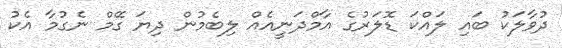
ދުވާލަކު ބައި ލައްކަ ޑޮލަރުގެ އާމްދަނީއެއް ލިބެމުން ދިޔަ ގޭމް ނެގުމާ އެކު